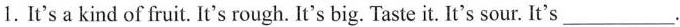
1.It's a kind of fruit. It's rough. It's big. Taste it. It's sour. It's ___.